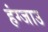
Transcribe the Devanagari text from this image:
हंग्जाउ